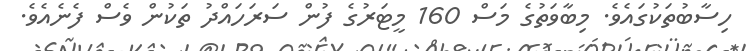
ހިސާބުތަކުގައެވެ. މިބާވަތުގެ މަސް 160 މީޓަރުގެ ފުން ސަރަހައްދު ތަކުން ވެސް ފެނެއެވެ.